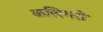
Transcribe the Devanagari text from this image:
कलिगरी